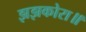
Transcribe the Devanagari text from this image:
झझकोरा॥